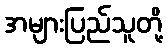
အများပြည်သူတို့